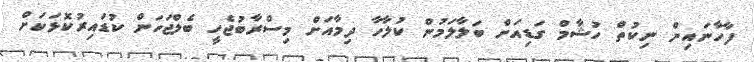
ފާހާނައިން ނިކުތް ހުޝާމް ގަޑިއަށް ބަލާލަމުން ކުލާހާ ދިމާއަށް މިސްރާބުޖެހީ ބެލްޖަހަން ކުޑައިރުކޮޅަކަށް